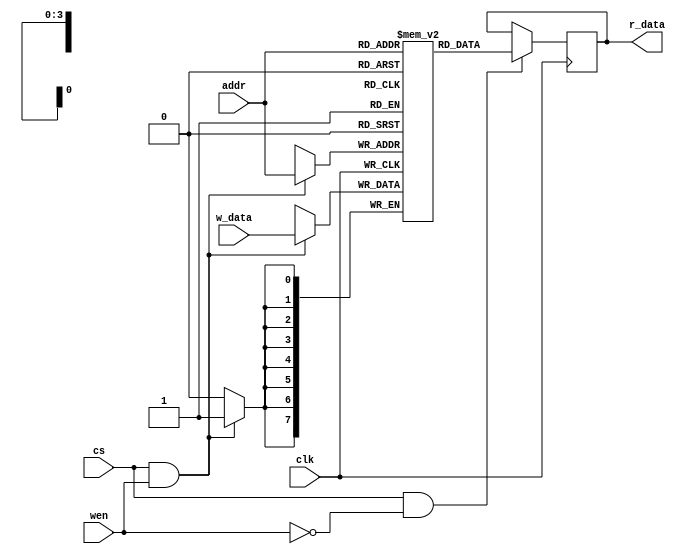
`timescale 1ns / 1ps
//////////////////////////////////////////////////////////////////////////////////
// Company: 
// Engineer: 
// 
// Design Name: 
// Module Name: ram_design
// Project Name: 
// Target Devices: 
// Tool Versions: 
// Description: 
// 
// Dependencies: 
// 
// Revision:
// Revision 0.01 - File Created
// Additional Comments:
// 
//////////////////////////////////////////////////////////////////////////////////


module ram_design#(parameter DW=8, parameter AD=4)// AW=ADDRESS DEPTH 
                                                  // DW= DATA WIDTH  
(input clk,cs,wen,input [AD-1:0]addr,input[DW-1:0]w_data,
output reg[DW-1:0]r_data);

//cs=CHIP SELECT; wen=WRITE ENABLE; r_addr=READ ADDRESS; w_addr=WRITE ADDRESS;
//w_data=WRITE DATA; r_data=READ DATA;



//SIZE OF THE RAM DECLARATION ; 
                                
reg[DW-1:0]ram[1<<AD-1:0];//[DW-1:0]= DATA WIDTH OF THE RAM, HERE IS[7:0], THAT MEANS 8 BIT IS THE WIDTH
                          //[1<<AW-1:0]=ADDRESS WIDTH OF THE RAM, HERE IS [2^AW-1:0]=[2^4-1:0]=[15:0]



//WRITE OPERATION

always@(posedge clk)
begin
    if(cs & wen) //WHEN CHIP SELECT AND WRITE ENABLE ARE HIGH THEN WE CAN WRITE THE DATA
    begin
    ram[addr]<=w_data;
    end 
end


//READ OPERATION

always@(posedge clk) //WHEN CHIP SELECT IS HIGH & WEN IS LOW THEN WE CAN READ THE DATA,BECAUSE WRITING A DATA AND READING THAT SAME DATA AT SAME TIME ITS NOT POSSIBLE
begin
    if(cs&(!wen))
    begin
    r_data<=ram[addr];    
    end
end


endmodule